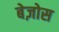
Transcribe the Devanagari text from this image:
बेज़ोस